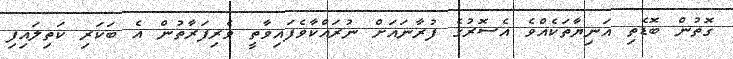
ގޮތުން ބޮޑެތި އަނިޔާތަކެއްވެ އެސޮރުގެ ފުރާނައަށް ނުރައްކާވެފައިވާތީ ވެރިފަރާތުން އެ ބަކަރި ކަތިލައިފި